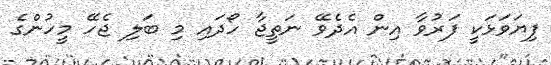
ފިޔަވަޅަކީ ފަރުވާ އިން އެދެވޭ ނަތީޖާ ހޯދައި މި ބަލި ޖެހޭ މީހުންގެ